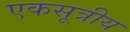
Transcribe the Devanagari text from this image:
एकसूत्रीय